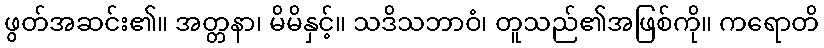
ဖွတ်အဆင်း၏။ အတ္တနာ၊ မိမိနှင့်။ သဒိသဘာဝံ၊ တူသည်၏အဖြစ်ကို။ ကရောတိ